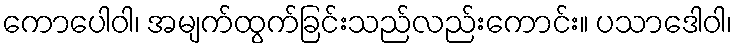
ကောပေါဝါ၊ အမျက်ထွက်ခြင်းသည်လည်းကောင်း။ ပသာဒေါဝါ၊